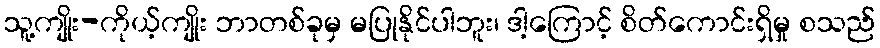
သူ့ကျိုး-ကိုယ့်ကျိုး ဘာတစ်ခုမှ မပြုနိုင်ပါဘူး၊ ဒါ့ကြောင့် စိတ်ကောင်းရှိမှု စသည်